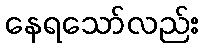
နေရသော်လည်း